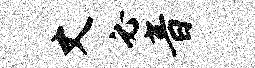
丈必音